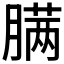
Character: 𰯎